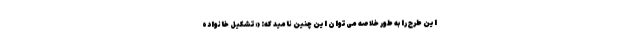
این طرح را به طور خلاصه می‌توان این چنین نامید که: «تشکیل خانواده